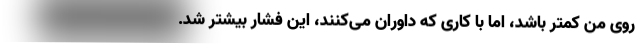
روی من کمتر باشد، اما با کاری که داوران می‌کنند، این فشار بیشتر شد.